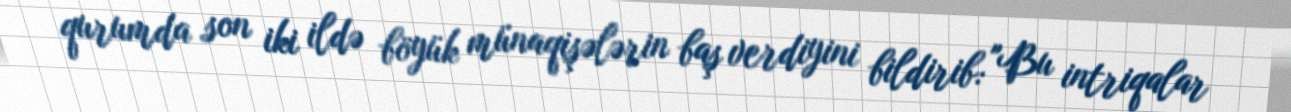
qurumda son iki ildə böyük münaqişələrin baş verdiyini bildirib: "Bu intriqalar